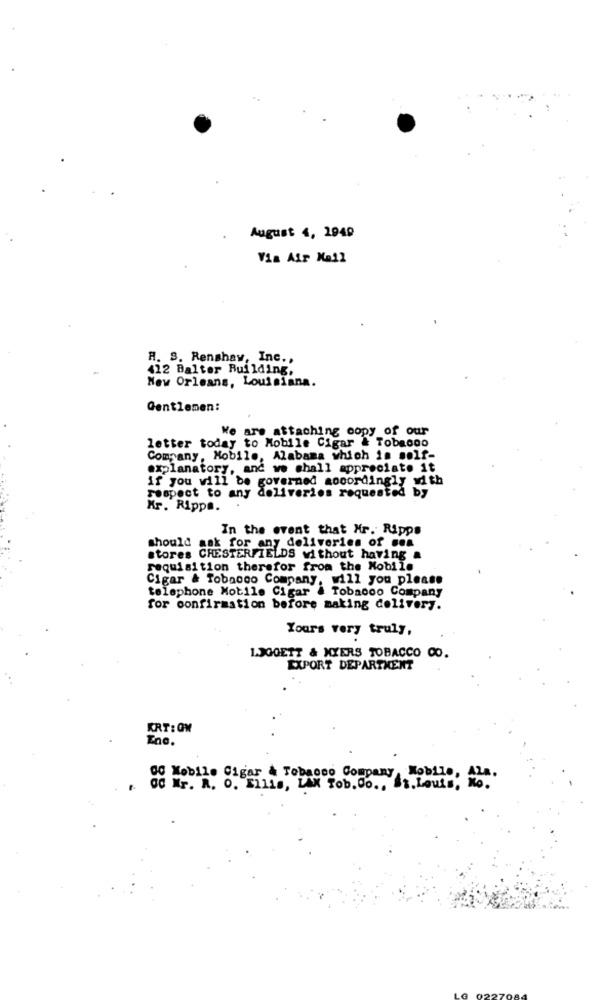
August 4, 1949
Via Air Mail
A. S. Renshaw, Inc .,
412 Baltor Building,
New Orleans, Louisiana.
Gentlemen:
We are attaching copy of our
letter today to Mobile Cigar & Tobacco
Company, Mobile, Alabama which is self-
explanatory, and we shall appreciate it
if you will be governed aooordingly with
respect to any deliveries requested by
Kr. Ripps.
In the event that Mr. Ripps
should ask for any deliveries of sea
stores CHESTERFIELDS without having
requisition therefor from the Mobile
Cigar & Tobacco Company, will you please
telephone Mobile Cigar & Tobacco Company
for confirmation before making delivery.
Yours very truly,
1.JGGETT & XXERS TOBACCO CO.
EXPORT DEPARTMENT
KRT: OM
Ene.
00 Mobile Cigar & Tobacco Company Mobile, 428.
GC Mr. R. O. Ellis, LAX Tob. Co ., St.Louis, Mo.